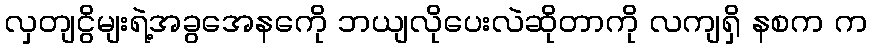
လှတျငွိမျးရဲ့အခွအေနကေို ဘယျလိုပေးလဲဆိုတာကို လကျရှိ နစက က